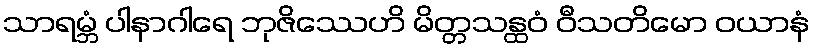
သာရမ္ဘံ ပါနာဂါရေ ဘုဇိဿေဟိ မိတ္တသန္ထဝံ ဝီသတိမော ဝယာနံ